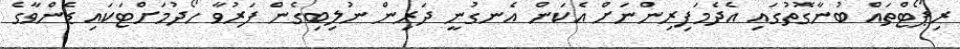
ރިޕޯޓްތައް ބުނާގޮތުގައި އެދެމަފިރިންނަށް އެކަން އެނގުނީ ދަރިން ނުލިބިގެން ފަރުވާ ހޯދުމަށްޓަކައި ޑެންވާގެ